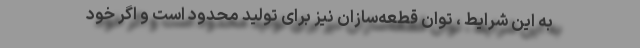
به این شرایط ، توان قطعه‌سازان نیز برای تولید محدود است و اگر خود